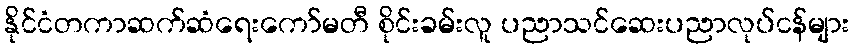
နိုင်ငံတကာဆက်ဆံရေးကော်မတီ စိုင်းခမ်းလူ ပညာသင်ဆေးပညာလုပ်ငန်များ